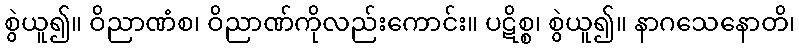
စွဲယူ၍။ ဝိညာဏံစ၊ ဝိညာဏ်ကိုလည်းကောင်း။ ပဋိစ္စ၊ စွဲယူ၍။ နာဂသေနောတိ၊